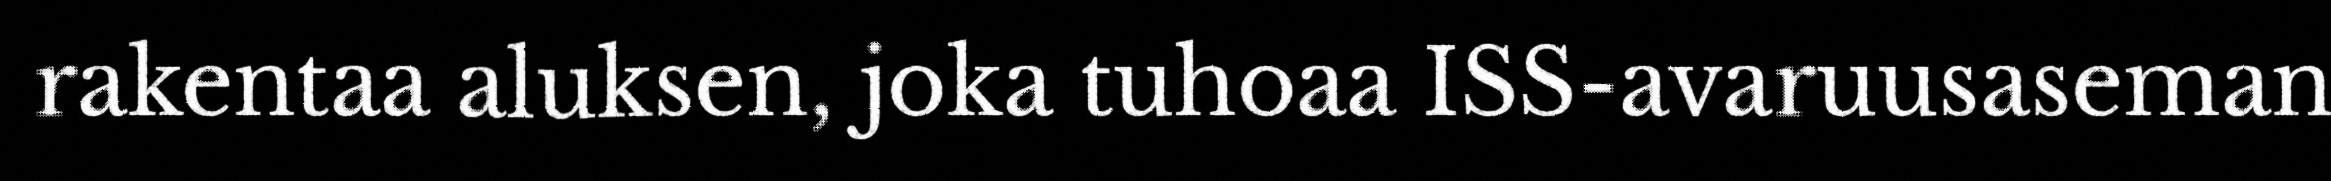
rakentaa aluksen, joka tuhoaa ISS-avaruusaseman